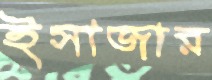
ইসাজার